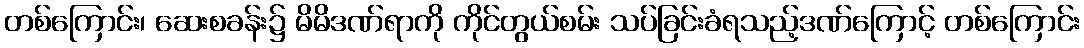
တစ်ကြောင်း၊ ဆေးစခန်း၌ မိမိဒဏ်ရာကို ကိုင်တွယ်စမ်း သပ်ခြင်းခံရသည့်ဒဏ်ကြောင့် တစ်ကြောင်း